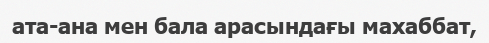
ата-ана мен бала арасындағы махаббат,